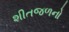
શીતજળનો